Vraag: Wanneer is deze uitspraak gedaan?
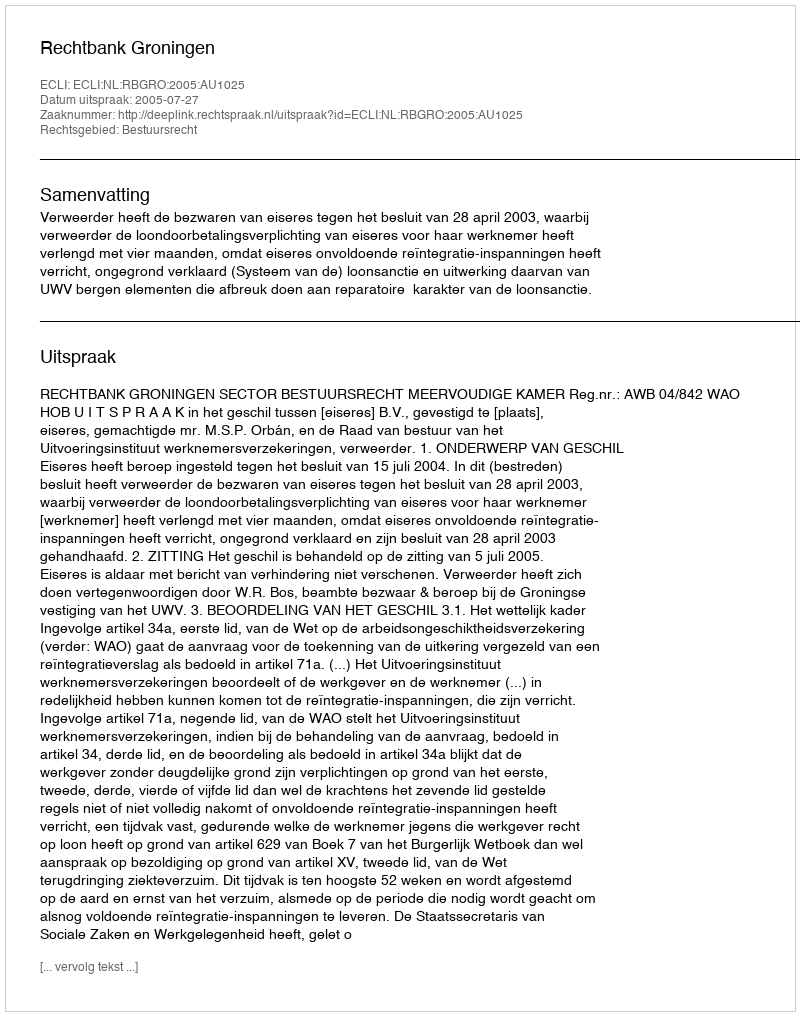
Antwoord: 2005-07-27